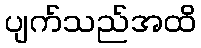
ပျက်သည်အထိ